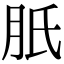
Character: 𦙆